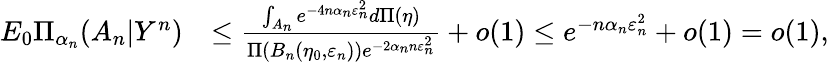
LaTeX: \begin{array}{rl}{E_{0}\Pi_{\alpha_{n}}(A_{n}|Y^{n})}&{\leq\frac{\int_{A_{n}}e^{-4n\alpha_{n}\varepsilon_{n}^{2}}d\Pi(\eta)}{\Pi(B_{n}(\eta_{0},\varepsilon_{n}))e^{-2{\alpha_{n}}n\varepsilon_{n}^{2}}}+o(1)\leq e^{-n\alpha_{n}\varepsilon_{n}^{2}}+o(1)=o(1),}\end{array}